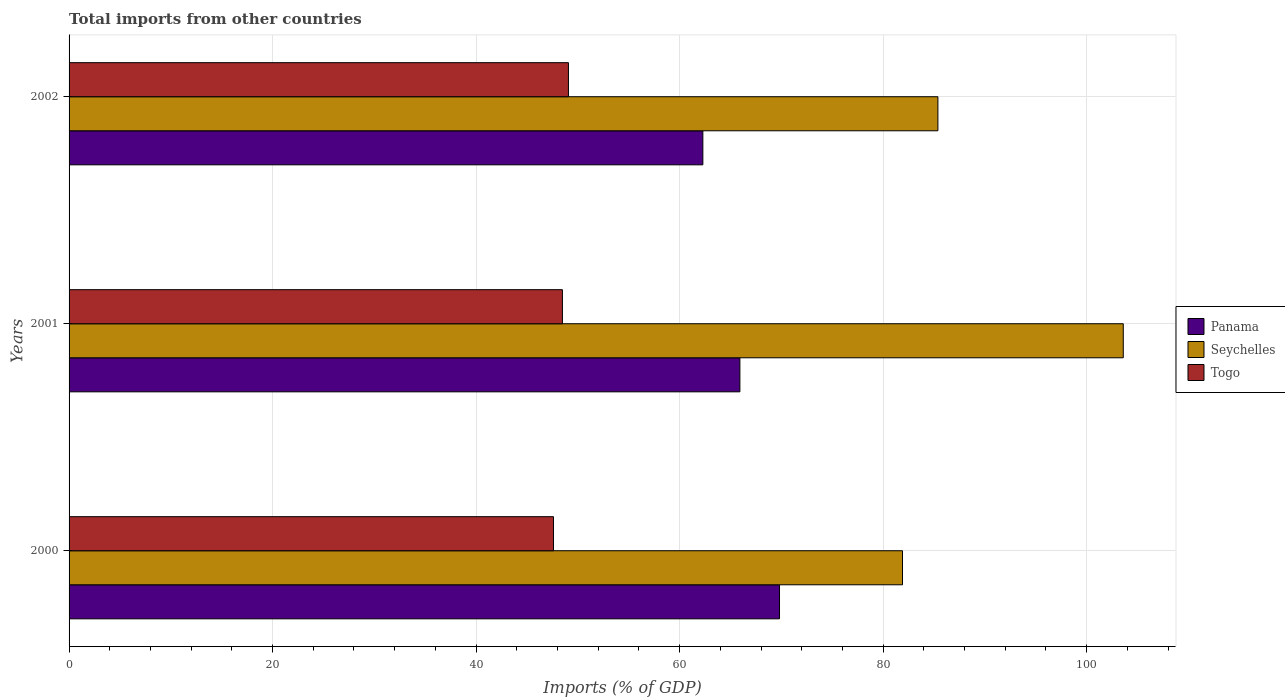
| Years | Panama | Seychelles | Togo |
 | --- | --- | --- | --- |
 | 2000 | 69.8 | 81.9 | 47.6 |
 | 2001 | 65.9 | 104 | 48.5 |
 | 2002 | 62.3 | 85.4 | 49.1 |